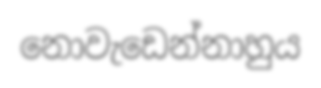
නොවැඩෙන්නාහුය